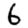
Digit: 6